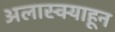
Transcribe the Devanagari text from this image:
अलास्क्याहून